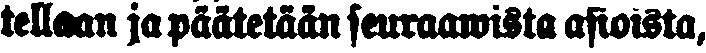
tellaan ja päätetään seuraawista asioista,